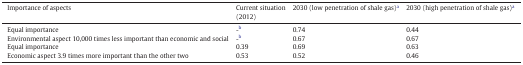
<table><thead><tr><td><b>Importance of aspects</b></td><td><b>Current situation (2012)</b></td><td><b>2030 (low penetration of shale gas)a</b></td><td><b>2030 (high penetration of shale gas)a</b></td></tr></thead><tbody><tr><td>Equal importance</td><td>-b</td><td>0.74</td><td>0.44</td></tr><tr><td>Environmental aspect 10,000 times less important than economic and social</td><td>-b</td><td>0.67</td><td>0.67</td></tr><tr><td>Equal importance</td><td>0.39</td><td>0.69</td><td>0.63</td></tr><tr><td>Economic aspect 3.9 times more important than the other two</td><td>0.53</td><td>0.52</td><td>0.46</td></tr></tbody></table>